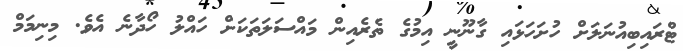
ޓްރައިބިއުނަލަށް ހުށަހަޅައި ގާނޫނީ އިމުގެ ތެރެއިން މައްސަލަތަކަށް ހައްލު ހޯދާނެ އެވެ. މިނިމަމް